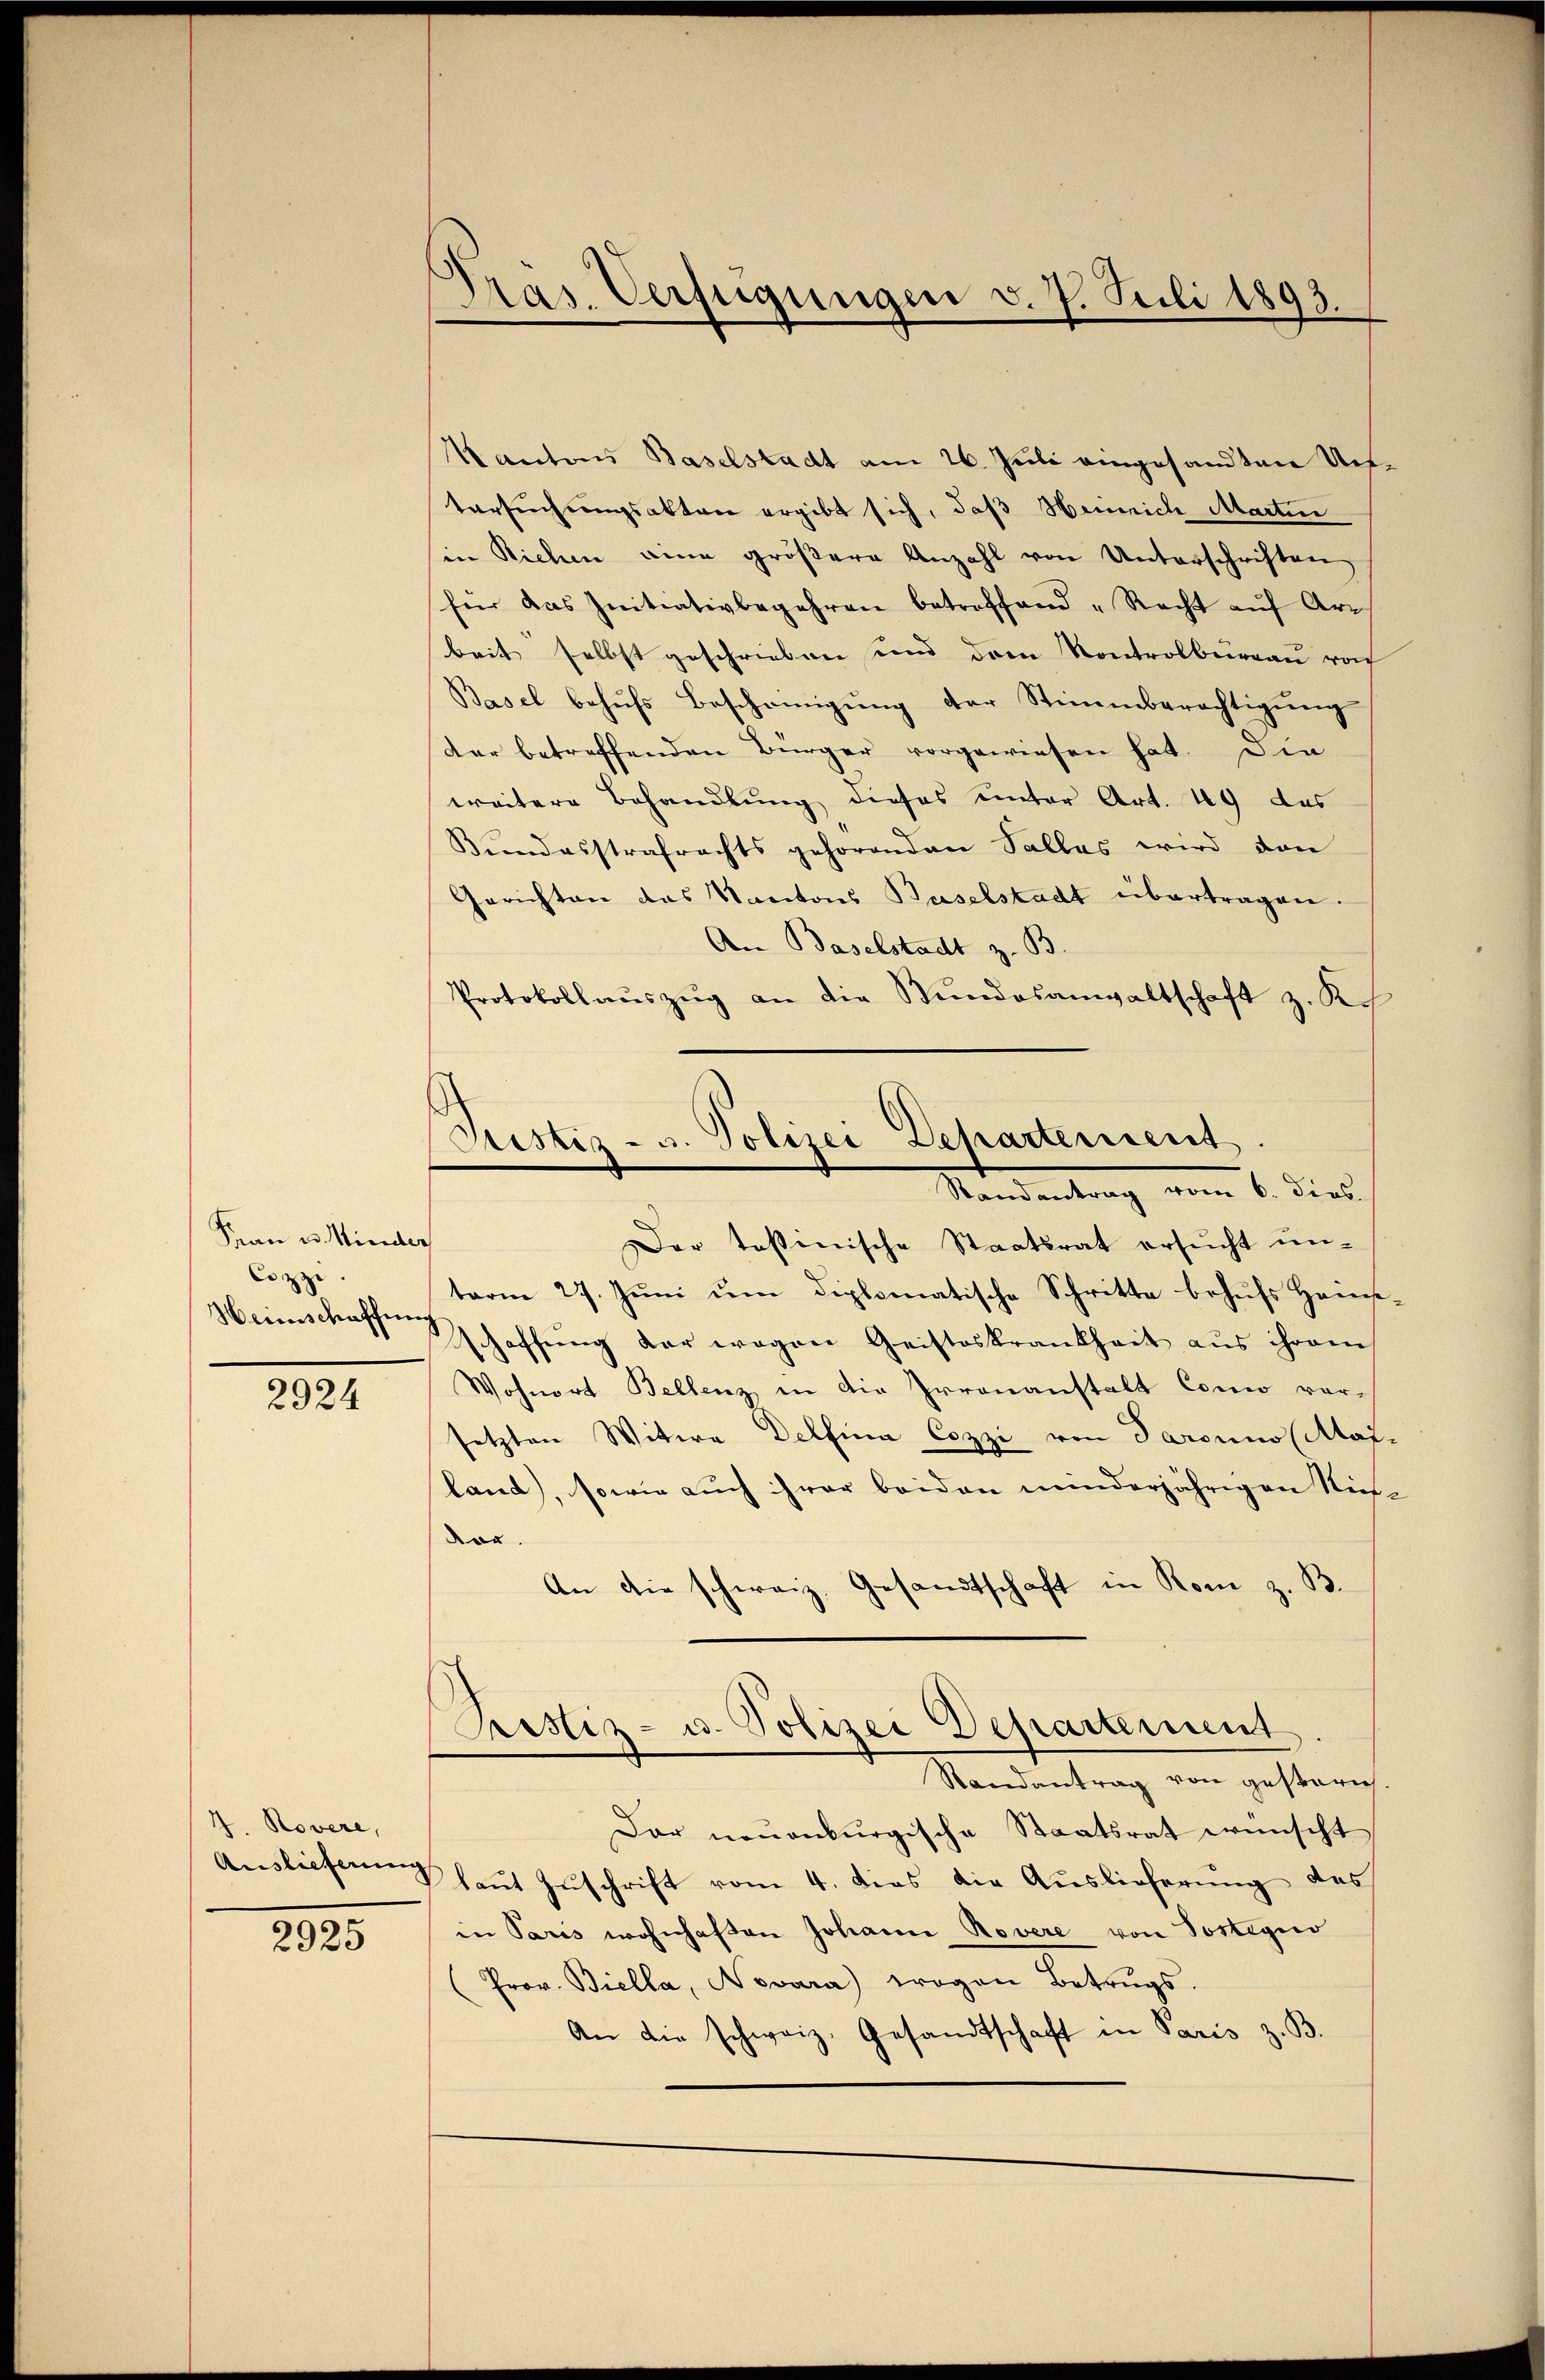
Frau u. Minder
Coppe
Heimschaffen

2924

4. Rovere,
Auslieferung

2925

Pras. Verfügungen v. 7. Juli 1893.

Justiz- u. Polizei Departement
Standentrag vom 6. dies

Kantons Baselstadt am 26. Juli angesandten Un¬
Versuchungsakten ergibt sich, daß Heinrich Martin
sin Richen eine größere Anzahl von Unterschriften
für das Initiativbegehren betreffend „Recht aŭf Ar-
beit selbst geschrieben und dren Kontrolbureau roch
Basel behufs Bescheinigung der Stimmberechtigung
der betreffenden Bürger vorgewiesen hat. Die
weitere Behandlung dieses unter Art. 49 des
Bundesstrafrechts gehörenden Salles wird von
Gerichten das Kantons Baselstadt übertragen.
An Baselstadt z. B.
Protokoll aŭszŭg an die Stŭndesanwaltschaft z. Kos
Der testinische Staatsrat ersucht unterm 27. Jŭni ŭm diplomatische Schritte behufs Heins-
schaffŭng der wegen Geisteskrankheit aus ihrem
Wohnort Bellenz in die Irrenanstalt Como vor-
setzten Witwe Delsum Cozzi von Parouno (Mai-
land, sowie auch ihrer beiden minderjährigen Nievor.
An die schweiz. Gesandtschaft in Rom z. B.
Pristiz- u. Polizei Departement
Randantrag von gestern
Dar neuenburgische Staatsrat wünscht
V laut Zuschrift vom 4. dies die Auslieferung des
in Paris wohnhaften Johann Rovere von Postegio
Prov. Biella, Nevara) wogen Betrugs-
An die schweiz. Gesandtschaft in Paris z. B.